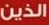
الذين